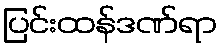
ပြင်းထန်ဒဏ်ရာ